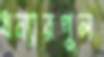
ধন্যারপুল